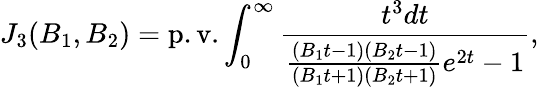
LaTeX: J_{3}(B_{1},B_{2})=\mathrm{p.v.}\int_{0}^{\infty}\frac{t^{3}dt}{\frac{(B_{1}t-1)(B_{2}t-1)}{(B_{1}t+1)(B_{2}t+1)}e^{2t}-1},